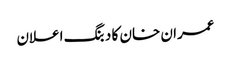
عمران خان کا دبنگ اعلان